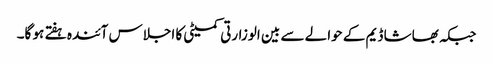
جبکہ بھاشا ڈیم کے حوالے سے بین الوزارتی کمیٹی کا اجلاس آئندہ ہفتے ہو گا۔